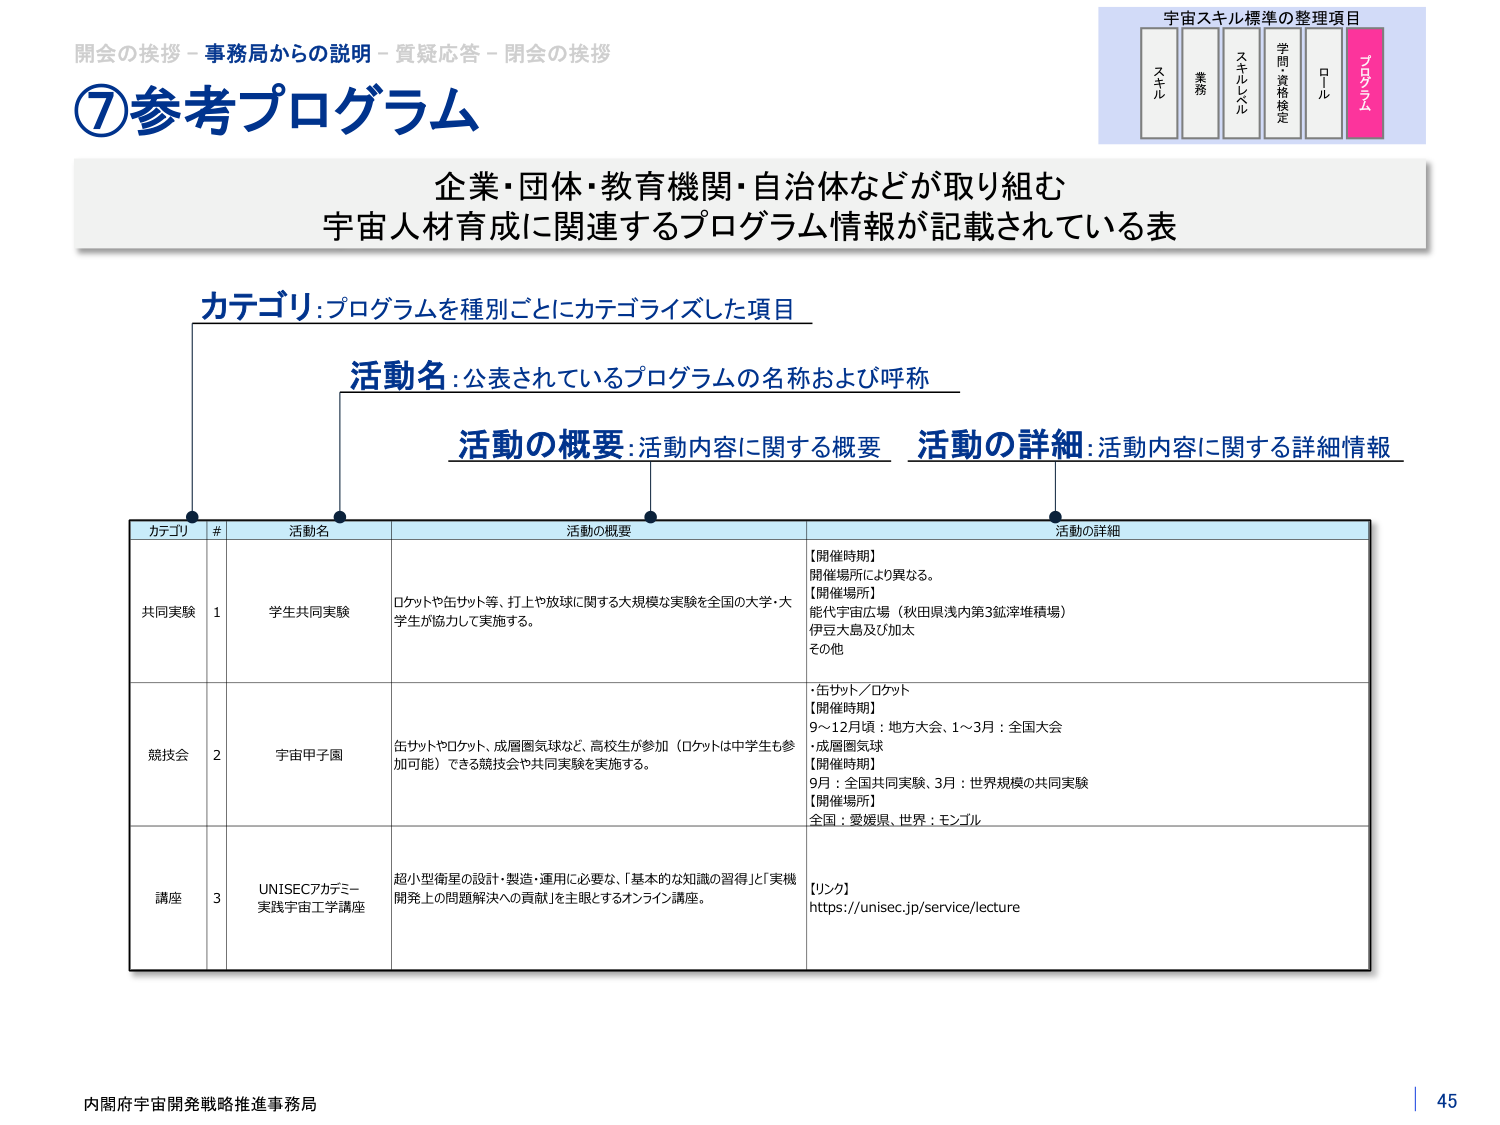
開会の挨拶－事務局からの説明－質疑応答－閉会の挨拶
⑦参考プログラム
宇宙スキル標準の整理項目
スキル 業務 スキルレベル 学問・資格検定 ロール プログラム
企業・団体・教育機関・自治体などが取り組む
宇宙人材育成に関連するプログラム情報が記載されている表
カテゴリ：プログラムを種別ごとにカテゴリライズした項目
活動名：公表されているプログラムの名称および呼称
活動の概要：活動内容に関する概要
活動の詳細：活動内容に関する詳細情報
カテゴリ # 活動名 活動の概要 活動の詳細
共同実験 1 学生共同実験 ロケットや缶サット等、打上や放球に関する大規模な実験を全国の大学・大学生が協力して実施する。 【開催時期】 開催場所により異なる。 【開催場所】 能代宇宙広場（秋田県浅内第3鉱滓堆積場） 伊豆大島及び加太 その他
競技会 2 宇宙甲子園 缶サットやロケット、成層圏気球など、高校生が参加（ロケットは中学生も参加可能）できる競技会や共同実験を実施する。 ・缶サット／ロケット 【開催時期】 9～12月頃：地方大会、1～3月：全国大会 ・成層圏気球 【開催時期】 9月：全国共同実験、3月：世界規模の共同実験 【開催場所】 全国：愛媛県、世界：モンゴル
講座 3 UNISECアカデミー 実践宇宙工学講座 超小型衛星の設計・製造・運用に必要な、「基本的な知識の習得」と「実機開発上の問題解決への貢献」を主眼とするオンライン講座。 【リンク】 https://unisec.jp/service/lecture
内閣府宇宙開発戦略推進事務局 45